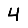
Digit: 4